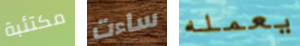
مكتئبة ساءت يعمله